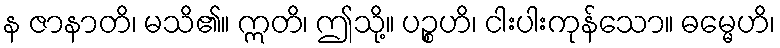
န ဇာနာတိ၊ မသိ၏။ ဣတိ၊ ဤသို့။ ပဉ္စဟိ၊ ငါးပါးကုန်သော။ ဓမ္မေဟိ၊